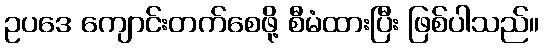
ဥပဒေ ကျောင်းတက်စေဖို့ စီမံထားပြီး ဖြစ်ပါသည်။